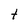
Character: t